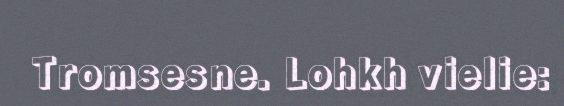
Tromsesne. Lohkh vielie: